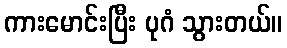
ကားမောင်းပြီး ပုဂံ သွားတယ်။